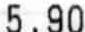
5.90